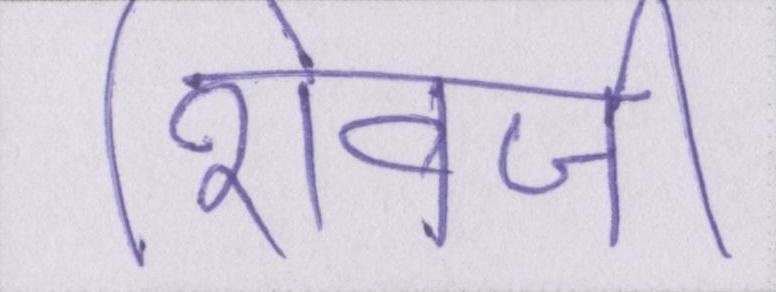
शिवजी